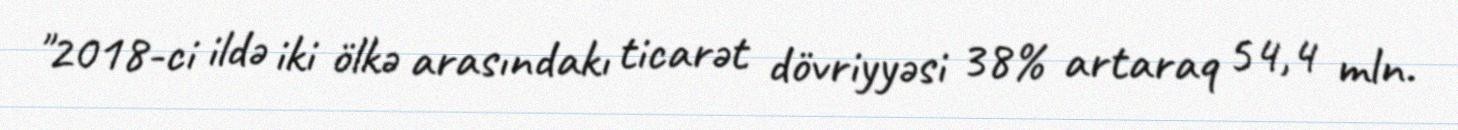
"2018-ci ildə iki ölkə arasındakı ticarət dövriyyəsi 38% artaraq 54,4 mln.